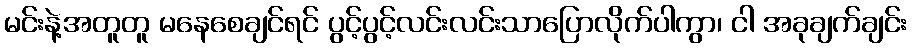
မင်းနဲ့အတူတူ မနေစေချင်ရင် ပွင့်ပွင့်လင်းလင်းသာပြောလိုက်ပါကွာ၊ ငါ အခုချက်ချင်း